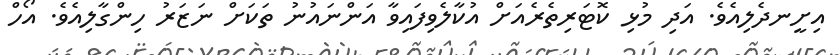
އިށީނދެލިއެވެ. އަދި މުޅި ކޮޓަރިތެރެއަށް އުކާލެވިފައިވާ އަންނައުނު ތަކަށް ނަޒަރު ހިންގާލިއެވެ. އޯހް